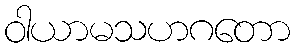
ဝါယာမသဟဂတော